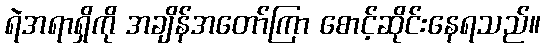
ရဲအရာရှိကို အချိန်အတော်ကြာ စောင့်ဆိုင်းနေရသည်။